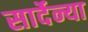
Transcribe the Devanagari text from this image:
सार्देन्या